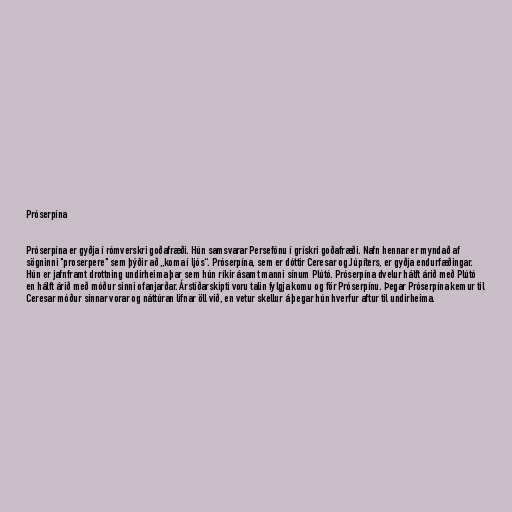
Próserpína

Próserpína er gyðja í rómverskri goðafræði. Hún samsvarar Persefónu í grískri goðafræði. Nafn hennar er myndað af
sögninni "proserpere" sem þýðir að „koma í ljós“. Próserpína, sem er dóttir Ceresar og Júpíters, er gyðja endurfæðingar.
Hún er jafnframt drottning undirheima þar sem hún ríkir ásamt manni sínum Plútó. Próserpína dvelur hálft árið með Plútó
en hálft árið með móður sinni ofanjarðar. Árstíðarskipti voru talin fylgja komu og för Próserpínu. Þegar Próserpína kemur til
Ceresar móður sinnar vorar og náttúran lifnar öll við, en vetur skellur á þegar hún hverfur aftur til undirheima.